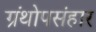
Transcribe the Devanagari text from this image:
ग्रंथोपसंहार